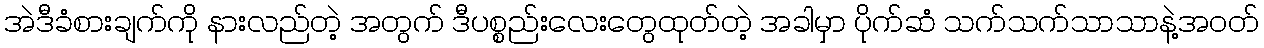
အဲဒီခံစားချက်ကို နားလည်တဲ့ အတွက် ဒီပစ္စည်းလေးတွေထုတ်တဲ့ အခါမှာ ပိုက်ဆံ သက်သက်သာသာနဲ့အဝတ်